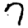
Digit: 7